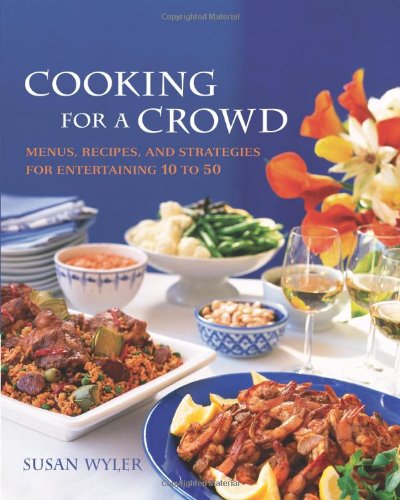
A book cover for Cooking for a Crowd: Menus, Recipes, and Strategies for Entertaining 10 to 50; Susan Wyler; Cookbooks, Food & Wine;